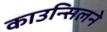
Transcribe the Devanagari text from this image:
काउन्सिलने